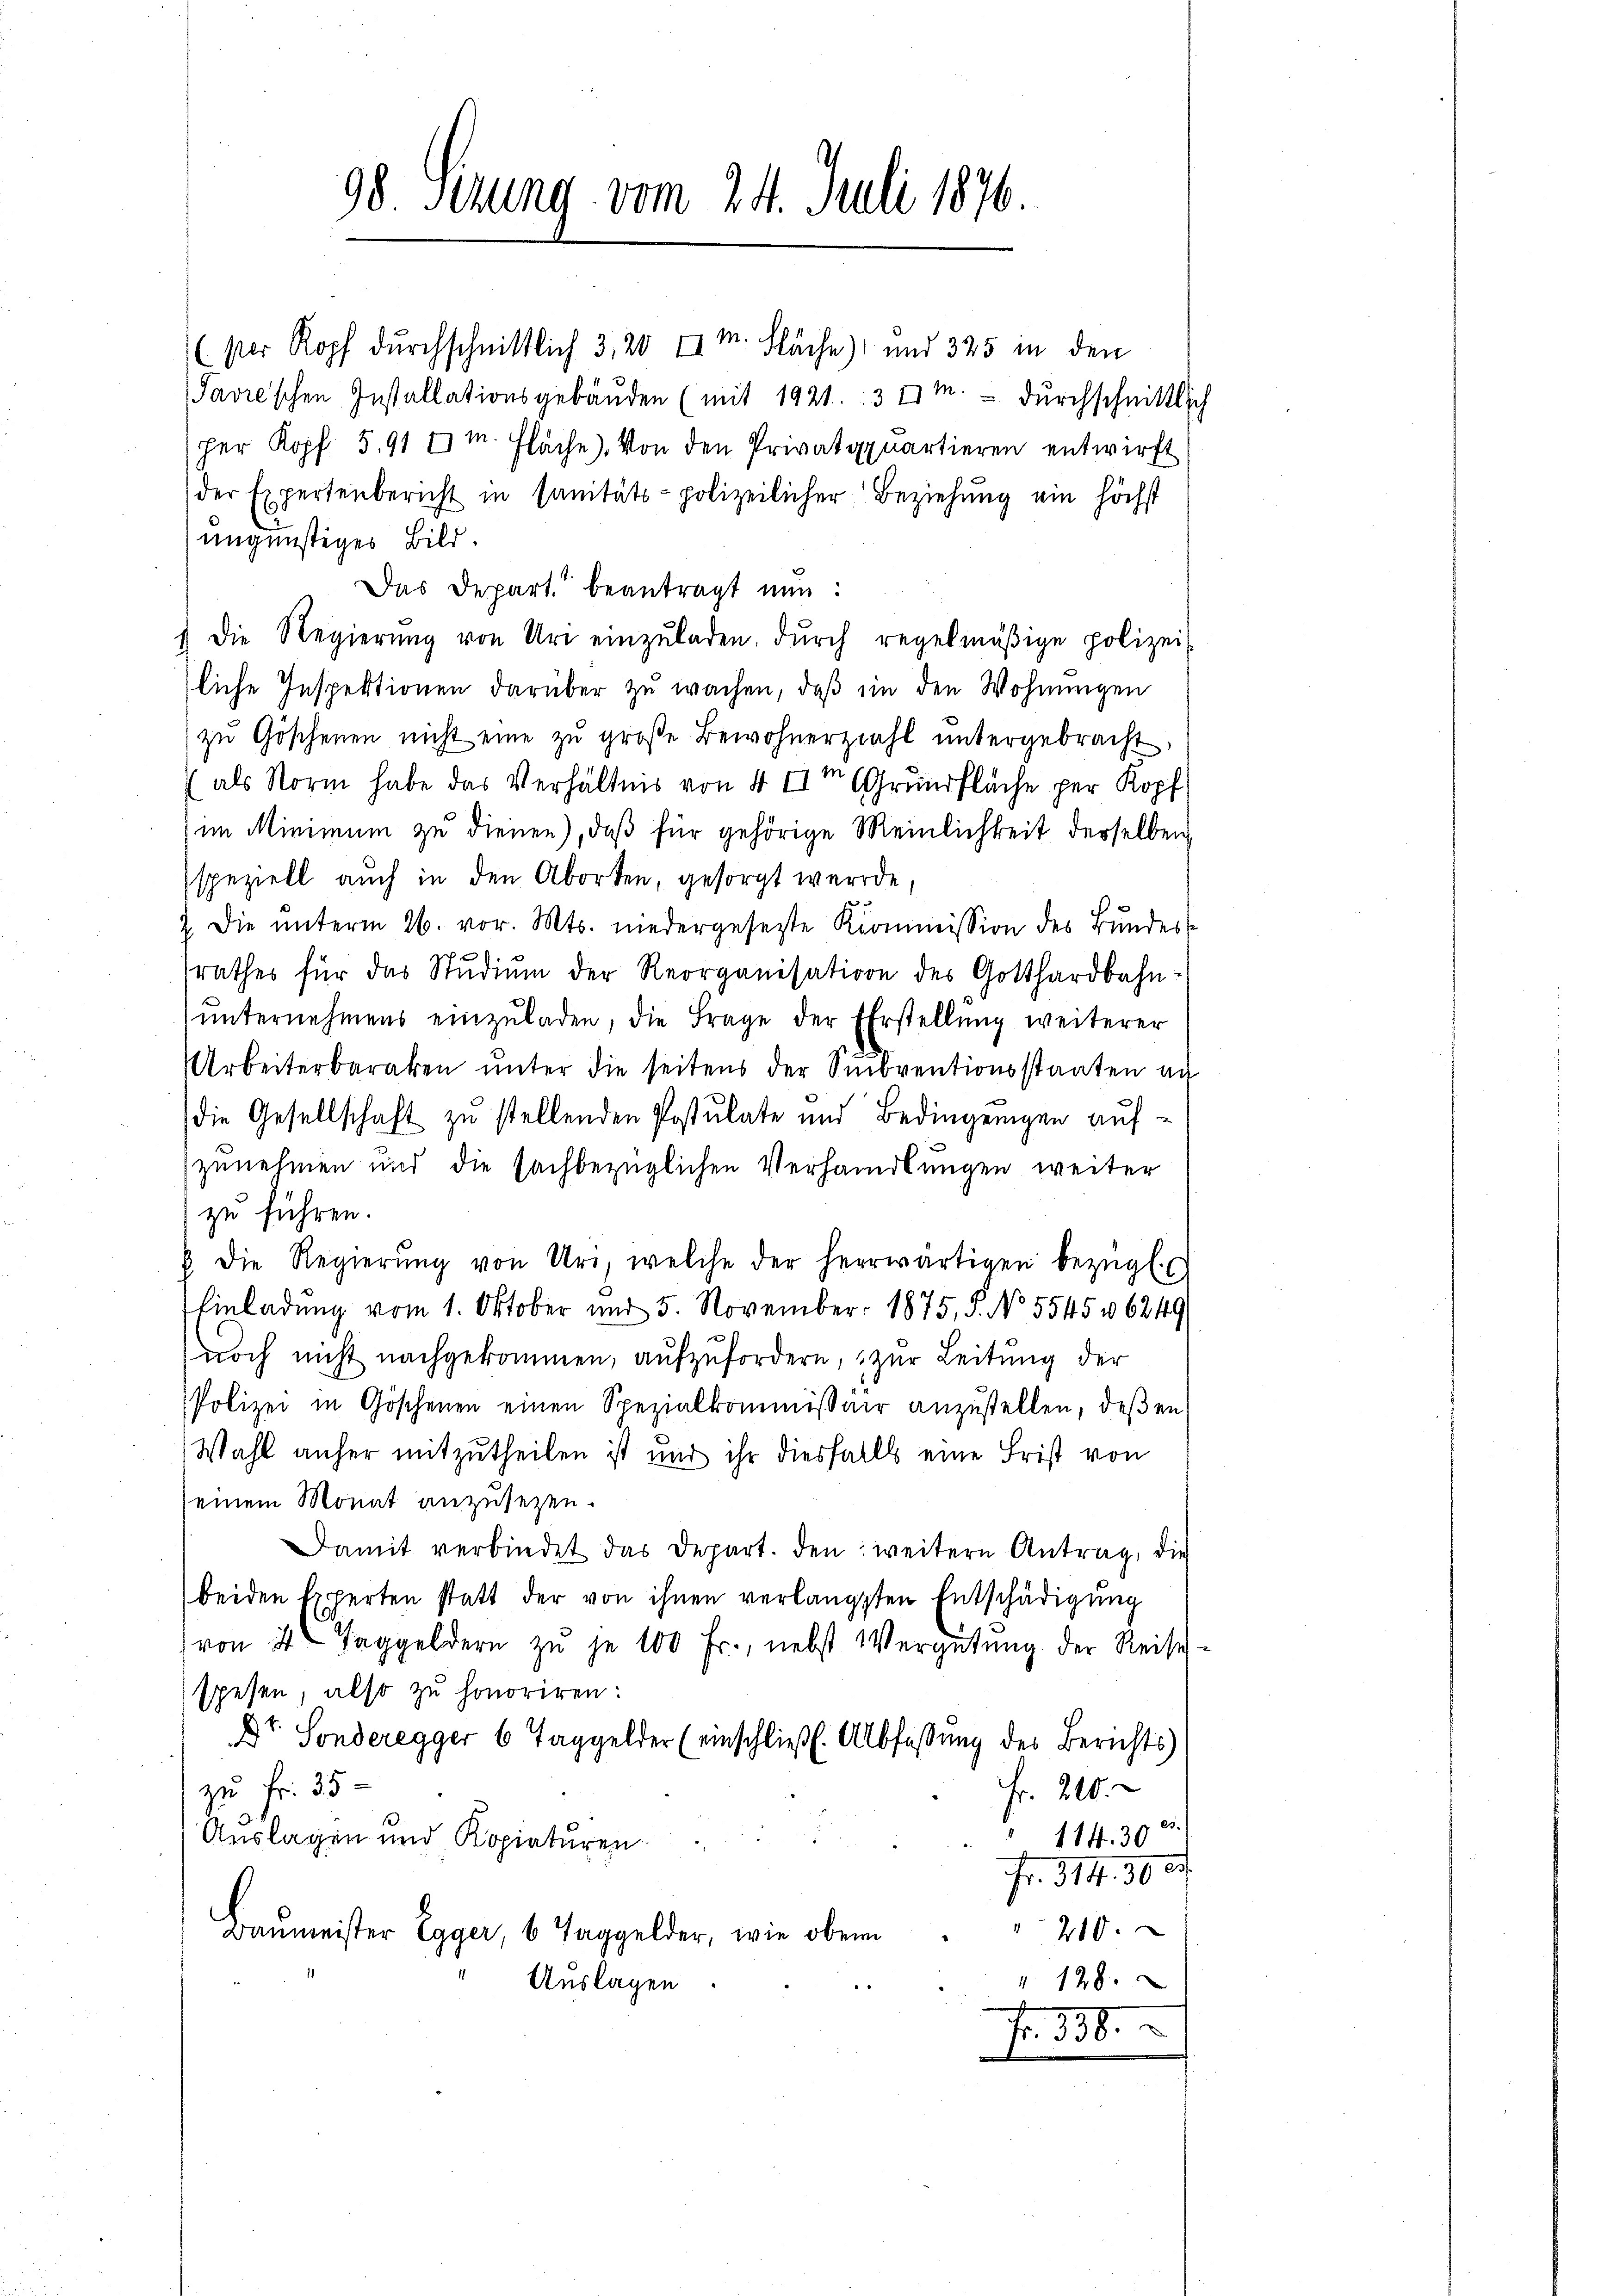
98 Setzung vom 24. Juli 1876.

(ser Kopf durchschnittlich 3, 20 x m. Fläche) und 325 in den
Javre'schen Installationsgebäŭden (mit 1921. 377.  durchschnittlich
per Kopf 5. 91 m. Fläche. Von den Privatquartieren entwirft
der Expertenbericht in sanitäts-polizeilicher Beziehung ein höchst
ungünstiges Bild.
Das Depart. beantragt nun:
) Die Regierŭng von Uri einzŭladen, dŭrch regelmäßige polizei-
liche Inspektionen darüber zu wachen, daß in den Wohnungen
zŭ Göschenen nicht eine zŭ groβe Bewohnerziahl ŭntergebracht,
(als Norm habe das Verhältnis von 4 IIm (Grundfläche per Kopf
im Minimum zŭ dienen), daβ für gehörige Meinlichkeit derselben
speziell auch in den Aborten, gesorgt werde,
2. Die ŭnterm 26. vor. Mts. niedergesetzte Kommission des Bŭndes-
rathes für das Stŭdiŭm der Reorganisation des Gotthardbahn-
ŭnternehmens einzŭladen, die Frage der Ehrstellŭng weiterer
Arbeiterbaraken unter die seitens der Subventionsstaaten au
die Gesellschaft zu stellenden Postulate und Bedingungen aufzunehmen und die sachbezüglichen Verhandlungen weiter
zu führen.
8. die Regierŭng von Uri, welche der herwärtigen bezügl. C
Einladung vom 1. Oktober und 5. November 1875, 3. No 55456249
noch nicht nachgekommen, aufzufordern, zur Leitung der
Polizei in Göschenen einen Spezialkommißair anzustellen, deßen
Wahl anher mitzutheilen ist und ihr diesfalls eine Frist von
einem Monat anzusetzen.
Damit verbindet das Depart. den weitere Antrag, die
beiden Experten statt der von ihnen verlangten Entschädigung
von 4 Taggeldern zŭ je 100 Fr., nebst Vergütŭng der Reise
spesen, also zu honoriren:
Dr. Sonderegger 6 Taggelder (einschließt. Albfassung des Berichts
zu Fr. 35
Fr. 210.
.
114. 30
Auslagen und Kopiaturen
Fr. 314. 300.
210.
Baumeister Egger, 6 Taggelder, wie obern
" 128.
Auslagen
"
Fr. 338.